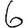
Digit: 6